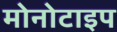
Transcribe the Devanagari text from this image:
मोनोटाइप